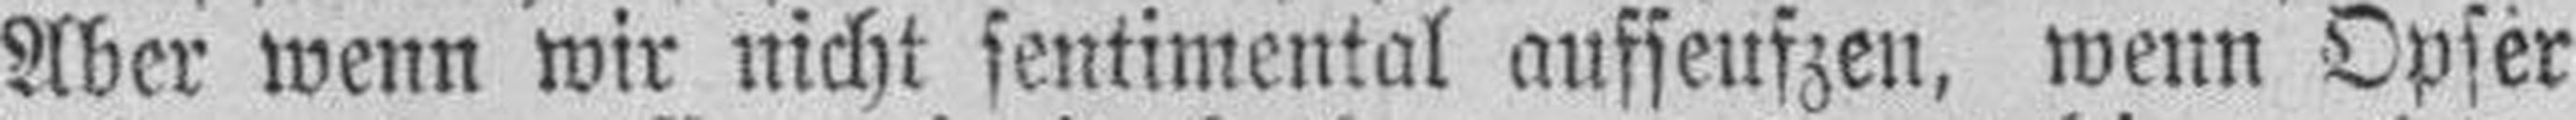
Aber wenn wir nicht sentimental aufseufzen, wenn Opfer